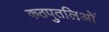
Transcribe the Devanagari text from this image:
कठपुतलिओं